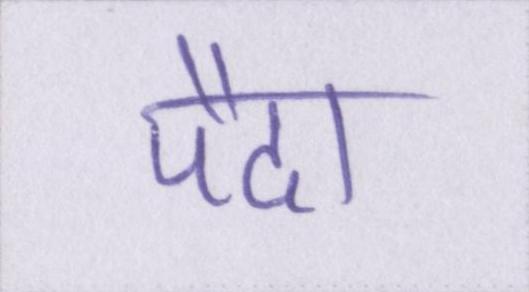
पैदा